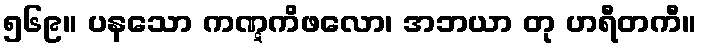
၅၆၉။ ပနသော ကဏ္ဋကိဖလော၊ အဘယာ တု ဟရီတကီ။